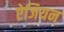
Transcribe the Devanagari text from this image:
ऐजियन